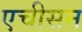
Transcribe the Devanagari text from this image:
एचीसन